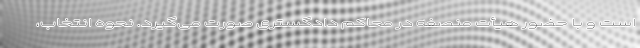
است و با حضور هیأت منصفه در محاکم دادگستری صورت می‌گیرد. نحوه انتخاب،